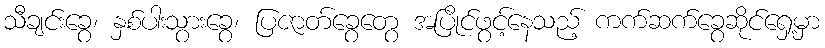
သီချင်းခွေ၊ နှစ်ပါးသွားခွေ၊ ပြဇာတ်ခွေတွေ အပြိုင်ဖွင့်နေသည့် ကက်ဆက်ခွေဆိုင်ရှေ့မှာ